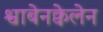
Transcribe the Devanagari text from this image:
श्वाबेनक्वेलेन